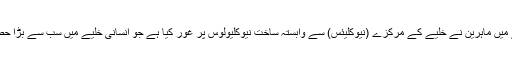
اس مطالعے میں ماہرین نے خلیے کے مرکزے (نیوکلیئس) سے وابستہ ساخت نیوکلیولوس پر غور کیا ہے جو انسانی خلیے میں سب سے بڑا حصہ ہوتا ہے۔